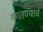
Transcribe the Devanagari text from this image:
कातण्याचे